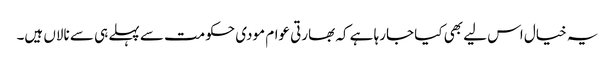
یہ خیال اس لیے بھی کیا جارہا ہے کہ بھارتی عوام مودی حکومت سے پہلے ہی سے نالاں ہیں۔